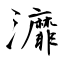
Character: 灖